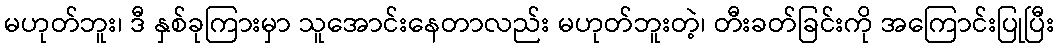
မဟုတ်ဘူး၊ ဒီ နှစ်ခုကြားမှာ သူအောင်းနေတာလည်း မဟုတ်ဘူးတဲ့၊ တီးခတ်ခြင်းကို အကြောင်းပြုပြီး